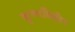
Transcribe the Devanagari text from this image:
कृष्णविहीन